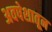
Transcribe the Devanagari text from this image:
अवषेशातून